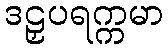
ဒဠှပရက္ကမာ